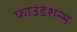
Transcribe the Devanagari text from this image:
फाउंडेशन्स